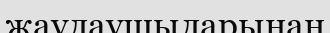
жаулаушыларынан